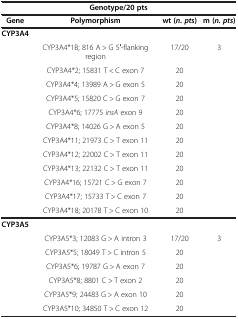
<table><thead><tr><td colspan="4"><b>Genotype/20 pts</b></td></tr><tr><td><b>Gene</b></td><td><b>Polymorphism</b></td><td><b>wt ( <i>n. pts </i>)</b></td><td><b>m ( <i>n. pts </i>)</b></td></tr></thead><tbody><tr><td><b>CYP3A4</b></td><td> </td><td> </td><td> </td></tr><tr><td> </td><td>CYP3A4*1B; 816 A &gt; G 5′-flanking region</td><td>17/20</td><td>3</td></tr><tr><td> </td><td>CYP3A4*2; 15831 T &lt; C exon 7</td><td>20</td><td> </td></tr><tr><td> </td><td>CYP3A4*4; 13989 A &gt; G exon 5</td><td>20</td><td> </td></tr><tr><td> </td><td>CYP3A4*5; 15820 C &gt; G exon 7</td><td>20</td><td> </td></tr><tr><td> </td><td>CYP3A4*6; 17775 <i>insA</i> exon 9</td><td>20</td><td> </td></tr><tr><td> </td><td>CYP3A4*8; 14026 G &gt; A exon 5</td><td>20</td><td> </td></tr><tr><td> </td><td>CYP3A4*11; 21973 C &gt; T exon 11</td><td>20</td><td> </td></tr><tr><td> </td><td>CYP3A4*12; 22002 C &gt; T exon 11</td><td>20</td><td> </td></tr><tr><td> </td><td>CYP3A4*13; 22132 C &gt; T exon 11</td><td>20</td><td> </td></tr><tr><td> </td><td>CYP3A4*16; 15721 C &gt; G exon 7</td><td>20</td><td> </td></tr><tr><td> </td><td>CYP3A4*17; 15733 T &gt; C exon 7</td><td>20</td><td> </td></tr><tr><td> </td><td>CYP3A4*18; 20178 T &gt; C exon 10</td><td>20</td><td> </td></tr><tr><td><b>CYP3A5</b></td><td> </td><td> </td><td> </td></tr><tr><td> </td><td>CYP3A5*3; 12083 G &gt; A intron 3</td><td>17/20</td><td>3</td></tr><tr><td> </td><td>CYP3A5*5; 18049 T &gt; C intron 5</td><td>20</td><td> </td></tr><tr><td> </td><td>CYP3A5*6; 19787 G &gt; A exon 7</td><td>20</td><td> </td></tr><tr><td> </td><td>CYP3A5*8; 8801 C &gt; T exon 2</td><td>20</td><td> </td></tr><tr><td> </td><td>CYP3A5*9; 24483 G &gt; A exon 10</td><td>20</td><td> </td></tr><tr><td> </td><td>CYP3A5*10; 34850 T &gt; C exon 12</td><td>20</td><td> </td></tr></tbody></table>